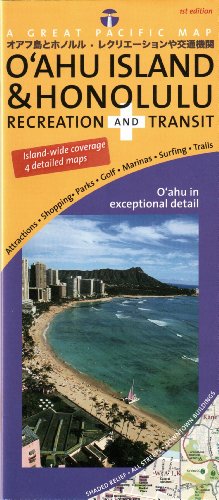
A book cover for Oahu Island & Honolulu Road & Recreation Map, 1st Edition; David J.R. Peckarsky; Travel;